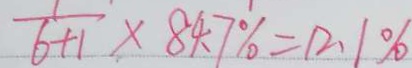
\frac { 1 } { 6 + 1 } \times 8 4 . 7 \% = 1 2 . 1 \%